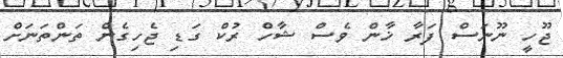
ޖޫހީ ނޫނަސް ފަރާ ޚާން ވެސް ޝާހް ރުކް ގަޑި ޖެހިގެން ތަންތަނަށް